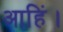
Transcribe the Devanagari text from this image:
आहिं।